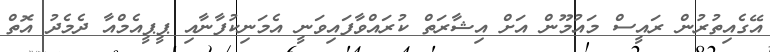
އޭގެއިތުރުން ރައީސް މައުމޫން އަށް އިޝާރަތް ކުރައްވާފައިވަނީ އެމަނިކުފާނާއި ޕީޕީއެމްއާ ދެމެދު އޮތް